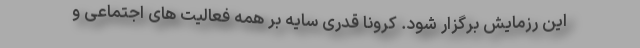
این رزمایش برگزار شود. کرونا قدری سایه بر همه فعالیت های اجتماعی و